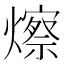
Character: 𪹾